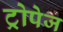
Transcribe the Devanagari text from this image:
ट्रोपेज